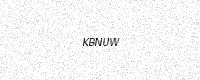
Text: KBNUW